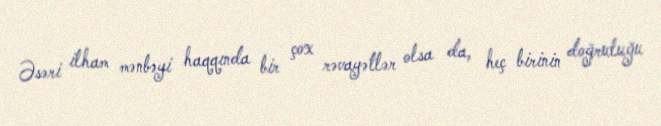
Əsəri ilham mənbəyi haqqında bir çox rəvayətlər olsa da, heç birinin doğruluğu